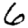
Digit: 6